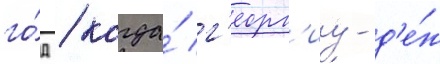
го́д / когда́ г'еорг'иу-д'е́ж